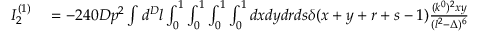
\begin{array} { r l } { I _ { 2 } ^ { ( 1 ) } } & { { } = - 2 4 0 D p ^ { 2 } \int d ^ { D } l \int _ { 0 } ^ { 1 } \int _ { 0 } ^ { 1 } \int _ { 0 } ^ { 1 } \int _ { 0 } ^ { 1 } d x d y d r d s \delta ( x + y + r + s - 1 ) \frac { ( k ^ { 0 } ) ^ { 2 } x y } { ( l ^ { 2 } - \Delta ) ^ { 6 } } } \end{array}